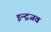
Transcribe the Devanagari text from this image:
इन्द्रजव